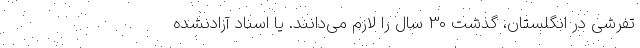
تفرشی در انگلستان، گذشت 30 سال را لازم می‌دانند. یا اسناد آزادنشده